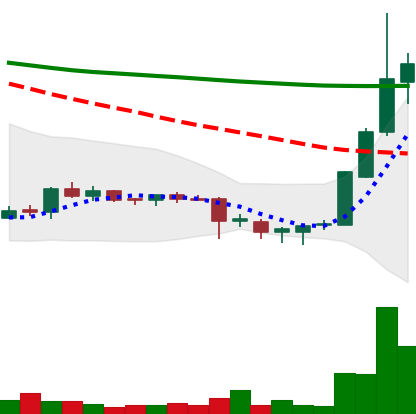
Ticker: DOGE-USD
Chart end date: 2018-07-19
Forward return: -5.827%
Label: down_5_7